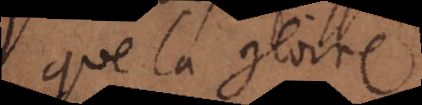
que la gloire,